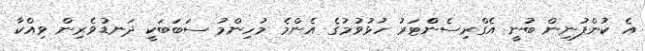
އެ ކުންފުނިން ބުނީ އެގްރިސެންްޓަރު ހުޅުވުމުގެ އެންމެ މުހިންމު ސަބަބަކީ ދަނޑުވެރިން ވިއްކާ